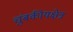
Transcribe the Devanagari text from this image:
चुंबकीयक्षेत्र